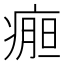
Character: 𰣹